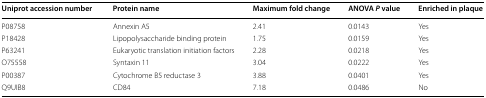
<table><thead><tr><td><b>Uniprot accession number</b></td><td><b>Protein name</b></td><td><b>Maximum fold change</b></td><td><b>ANOVA <i>P</i> value</b></td><td><b>Enriched in plaque</b></td></tr></thead><tbody><tr><td>P08758</td><td>Annexin A5</td><td>2.41</td><td>0.0143</td><td>Yes</td></tr><tr><td>P18428</td><td>Lipopolysaccharide binding protein</td><td>1.75</td><td>0.0159</td><td>Yes</td></tr><tr><td>P63241</td><td>Eukaryotic translation initiation factors</td><td>2.28</td><td>0.0218</td><td>Yes</td></tr><tr><td>O75558</td><td>Syntaxin 11</td><td>3.04</td><td>0.0222</td><td>Yes</td></tr><tr><td>P00387</td><td>Cytochrome B5 reductase 3</td><td>3.88</td><td>0.0401</td><td>Yes</td></tr><tr><td>Q9UIB8</td><td>CD84</td><td>7.18</td><td>0.0486</td><td>No</td></tr></tbody></table>